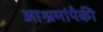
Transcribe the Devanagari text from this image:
आश्रमांपैकी